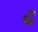
ઢ